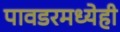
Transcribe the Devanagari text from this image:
पावडरमध्येही